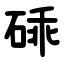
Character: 䂷